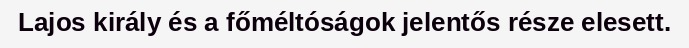
Lajos király és a főméltóságok jelentős része elesett.